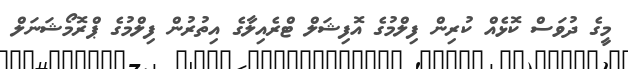
މީގެ ދުވަސް ކޮޅެއް ކުރިން ފިލްމުގެ އޮފިޝަލް ޓްރެއިލާގެ އިތުރުން ފިލްމުގެ ޕްރޮމޯޝަނަލް